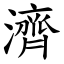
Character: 濟